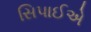
સિપાઈએ